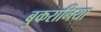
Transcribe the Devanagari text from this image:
बुकरानिया